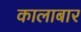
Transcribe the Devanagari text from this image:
कालाबार